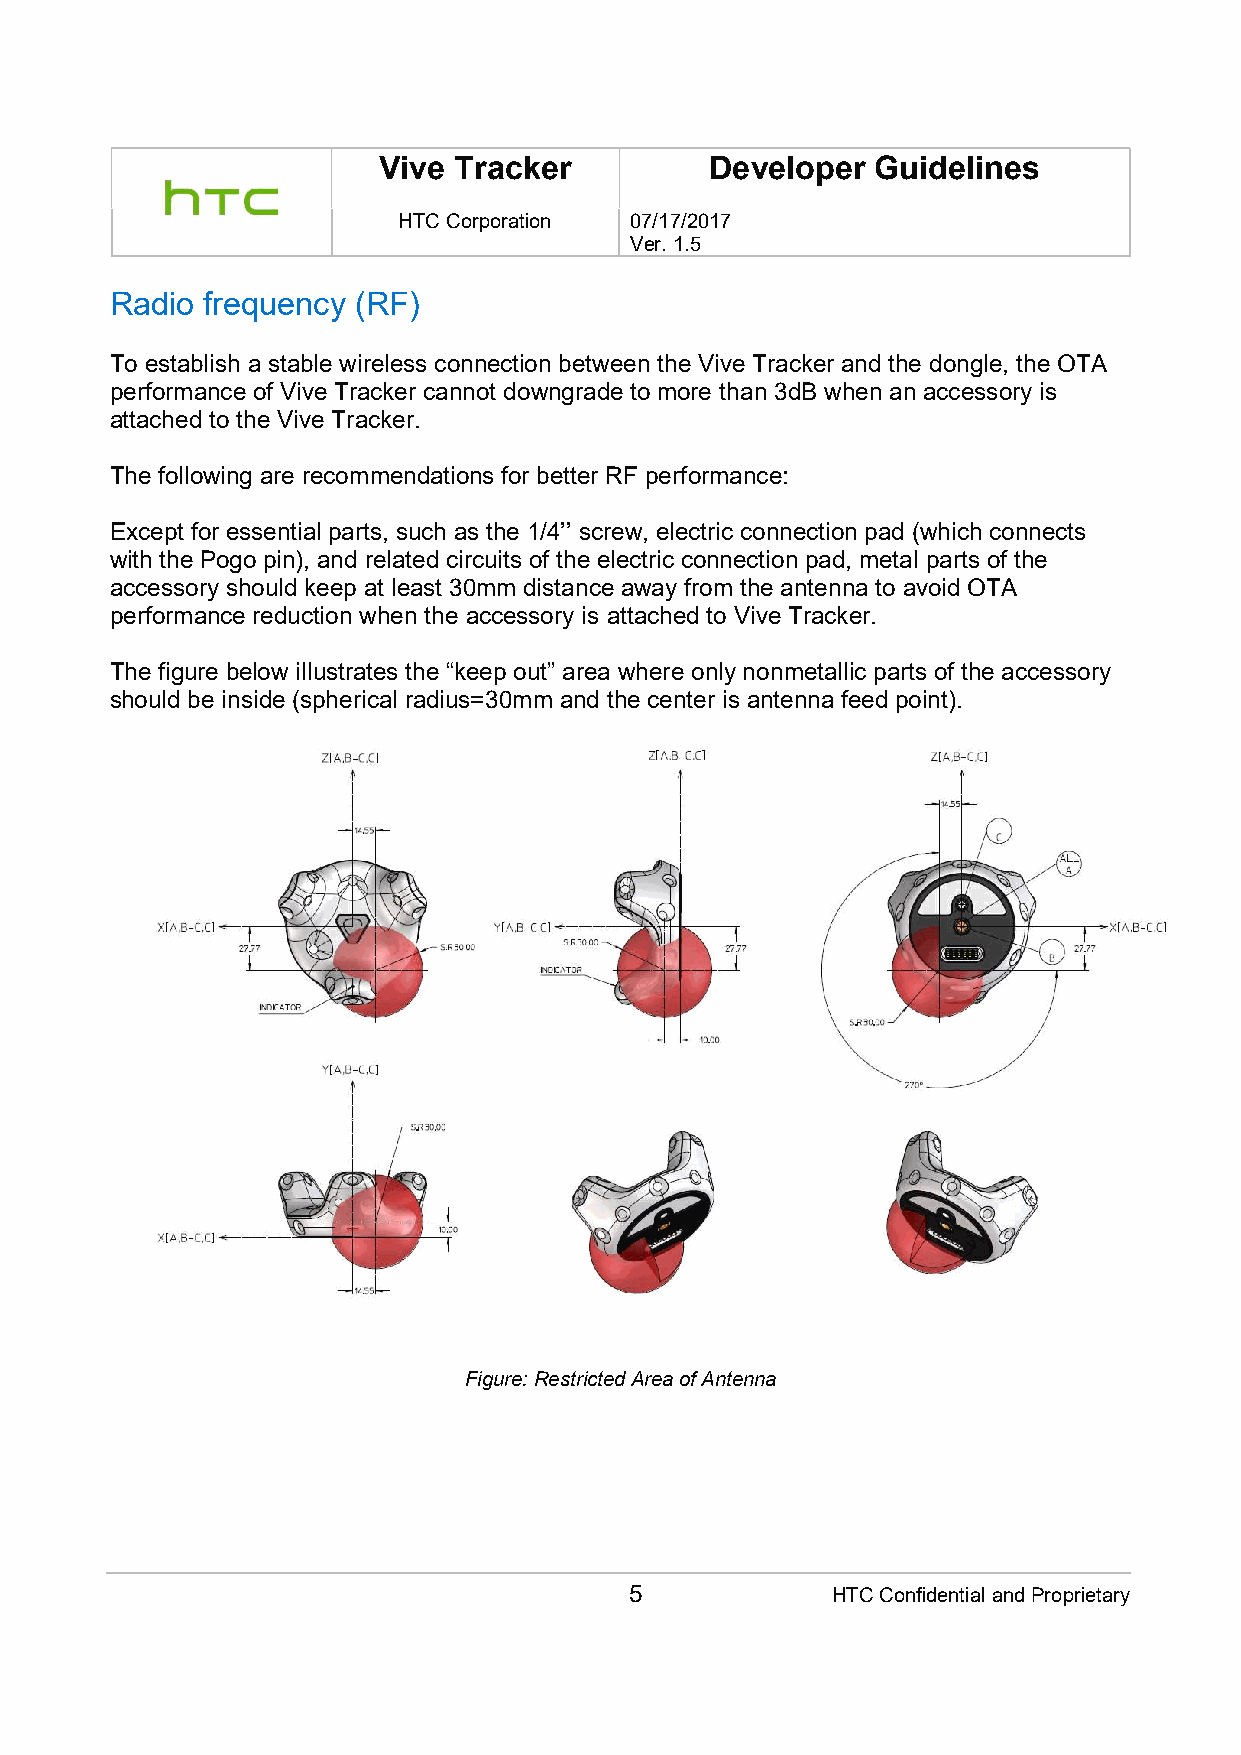
Vive Tracker          Developer  Guidelines
 HTC Corporation 07/17/2017
 Ver. 1.5
 Radio frequency (RF)
 To establish a stable wireless connection between the Vive Tracker and the dongle, the OTA
 performance of Vive Tracker cannot downgrade to more than 3dB when an accessory is
 attached to the Vive Tracker.
 The following are recommendations for better RF performance:
 Except for essential parts, such as the 1/4’’ screw, electric connection pad (which connects
 with the Pogo pin), and related circuits of the electric connection pad, metal parts of the
 accessory should keep at least 30mm distance away from the antenna to avoid OTA
 performance reduction when the accessory is attached to Vive Tracker.
 The figure below illustrates the “keep out” area where only nonmetallic parts of the accessory
 should be inside (spherical radius=30mm and the center is antenna feed point).
 Figure: Restricted Area of Antenna
 5            HTC Confidential and Proprietary